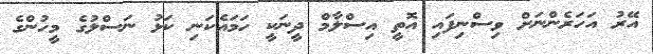
އޭރު އަހަރެންނަށް ވިސްނިފައި އޮތީ އިސްލާމް ދީނަކީ ހަމައެކަނި ކަޅު ނަސްލުގެ މީހުންގެ